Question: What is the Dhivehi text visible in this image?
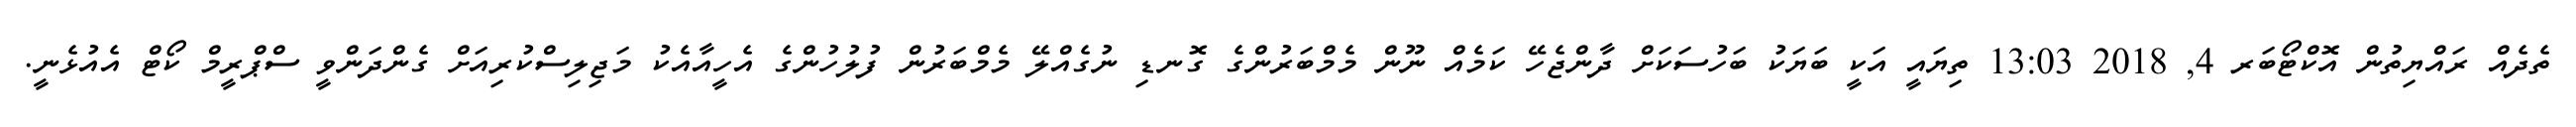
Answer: ތެދެއް ރައްޔިތުން އޮކްޓޯބަރ 4, 2018 13:03 ތިޔައީ އަކީ ބަޔަކު ބަހުސަކަށް ދާންޖެހޭ ކަމެއް ނޫން މެމްބަރުންގެ ގޮނޑި ނުގެއްލޭ މެމްބަރުން ފުލުހުންގެ އެހީއާއެކު މަޖިލިސްކުރިއަށް ގެންދަންވީ ސްޕްރީމް ކޯޓް އެއުޅެނީ.